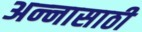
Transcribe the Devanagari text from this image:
अन्‍नासाठी